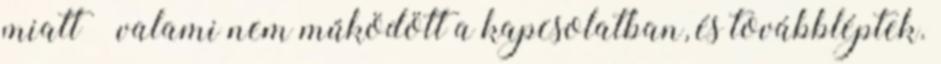
miatt – valami nem működött a kapcsolatban, és továbbléptek.